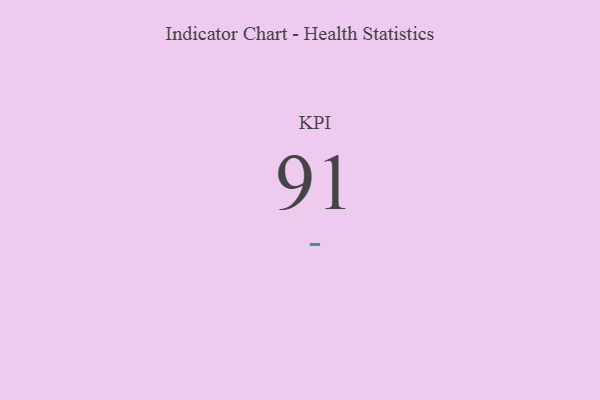
{"axis": {"x": "KPI", "y": "Value"}, "legend": [""], "data": [{"x": "KPI", "y": 91, "type": ""}]}